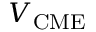
V _ { \mathrm { C M E } }